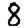
Digit: 8